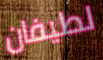
لطيفان